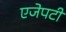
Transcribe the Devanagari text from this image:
एजेपटी